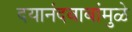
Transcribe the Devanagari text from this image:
दयानंदबाबांमुळे